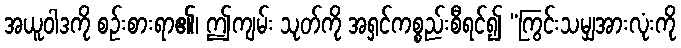
အယူဝါဒကို စဉ်းစားရာ၏၊ ဤကျမ်း သုတ်ကို အရှင်ကစ္စည်းစီရင်၍ “ကြွင်းသမျှအားလုံးကို